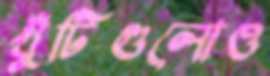
খুঁটিগুলোও